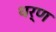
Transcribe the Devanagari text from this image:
थर्ण